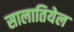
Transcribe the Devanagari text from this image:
सालातियेल